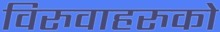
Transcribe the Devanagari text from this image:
विरुवाहरुको